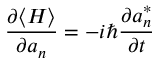
{ \frac { \partial \langle H \rangle } { \partial a _ { n } } } = - i \hbar { \frac { \partial a _ { n } ^ { * } } { \partial t } }